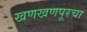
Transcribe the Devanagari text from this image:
खणखणपूरचा